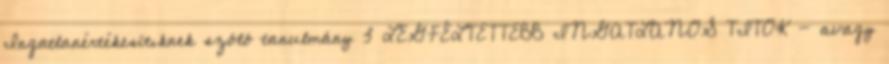
Ingatlanértékesítıknek szóló tanulmány 3 LEGFÉLTETTEBB INGATLANOS TITOK - avagy